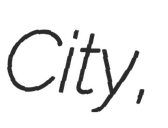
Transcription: City,